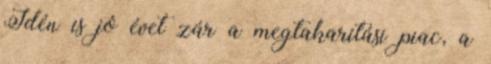
Idén is jó évet zár a megtakarítási piac, a